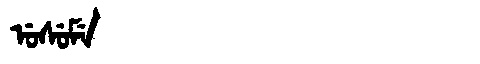
Manchu: ᡠᠰᡠᠮᡝ
Romanization: USUME